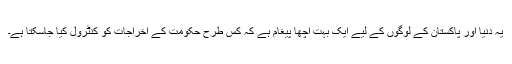
یہ دنیا اور پاکستان کے لوگوں کے لیے ایک بہت اچھا پیغام ہے کہ کس طرح حکومت کے اخراجات کو کنٹرول کیا جاسکتا ہے۔